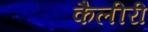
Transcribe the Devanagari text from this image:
कैलीरी